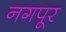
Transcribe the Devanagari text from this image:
नगपूर